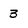
Character: 3